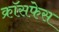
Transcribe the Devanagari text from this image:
क्रॉसफेस